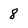
Character: 8